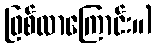
ဖြစ်လာကြောင်း။)